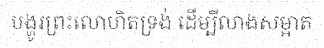
បង្ហូរព្រះលោហិតទ្រង់ ដើម្បីលាងសម្អាត